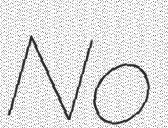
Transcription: No